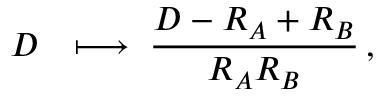
D \; \, \; \longmapsto \; { \frac { D - R _ { A } + R _ { B } } { R _ { A } R _ { B } } } \, ,